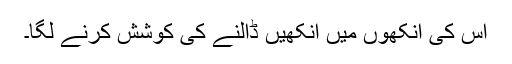
اس کی آنکھوں میں آنکھیں ڈالنے کی کوشش کرنے لگا۔